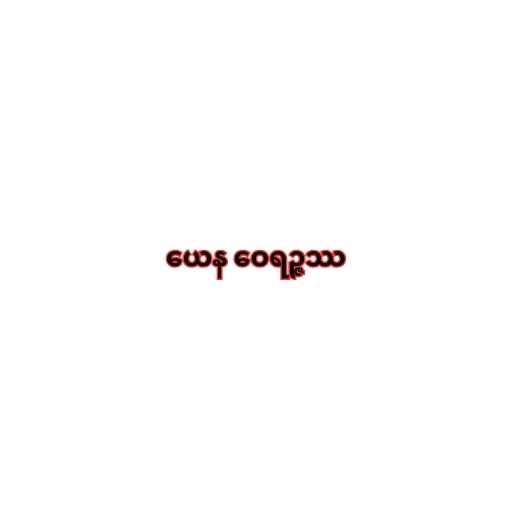
ယေန ဝေရဉ္ဇဿ